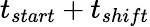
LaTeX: t_{start}+t_{shift}